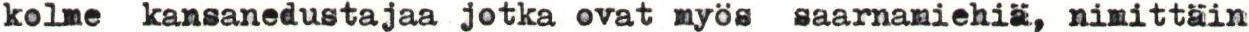
kolme kansanedustajaa jotka ovat myös saarnamiehiä, nimittäin